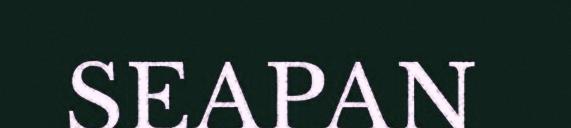
SEAPAN